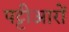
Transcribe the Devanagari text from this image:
पट्टीआरों